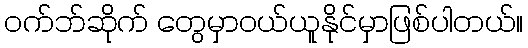
ဝက်ဘ်ဆိုက် တွေမှာဝယ်ယူနိုင်မှာဖြစ်ပါတယ်။